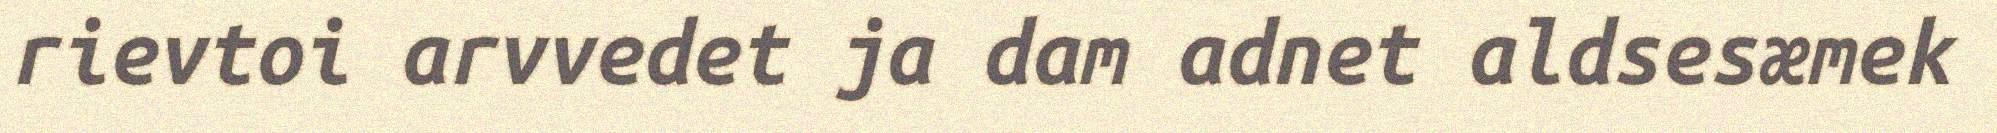
rievtoi arvvedet ja dam adnet aldsesæmek